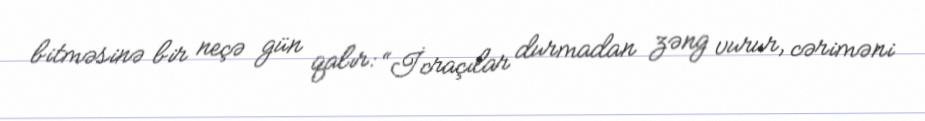
bitməsinə bir neçə gün qalır: “İcraçılar durmadan zəng vurur, cəriməni